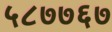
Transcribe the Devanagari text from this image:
५८७७६७